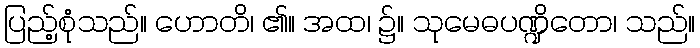
ပြည့်စုံသည်။ ဟောတိ၊ ၏။ အထ၊ ၌။ သုမေဓပဏ္ဍိတော၊ သည်။